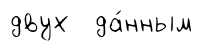
двух да́нным